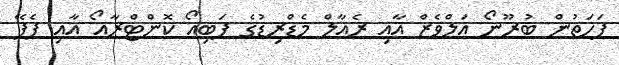
ފަހަތުން ބުރޫނޯ އަލްވެޒް އާއި ރެއާލް މެޑްރިޑުގެ ފަބިއޯ ކޮންޓްރާއޯ އާއި ޕެޕޭ